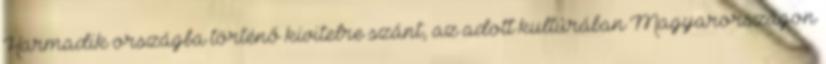
Harmadik országba történő kivitelre szánt, az adott kultúrában Magyarországon